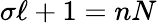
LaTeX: \sigma\ell+1=nN